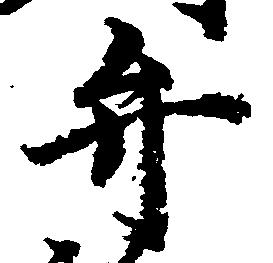
弁